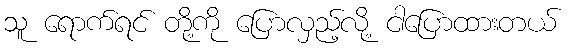
သူ ရောက်ရင် တို့ကို ပြောလှည့်လို့ ငါပြောထားတယ်